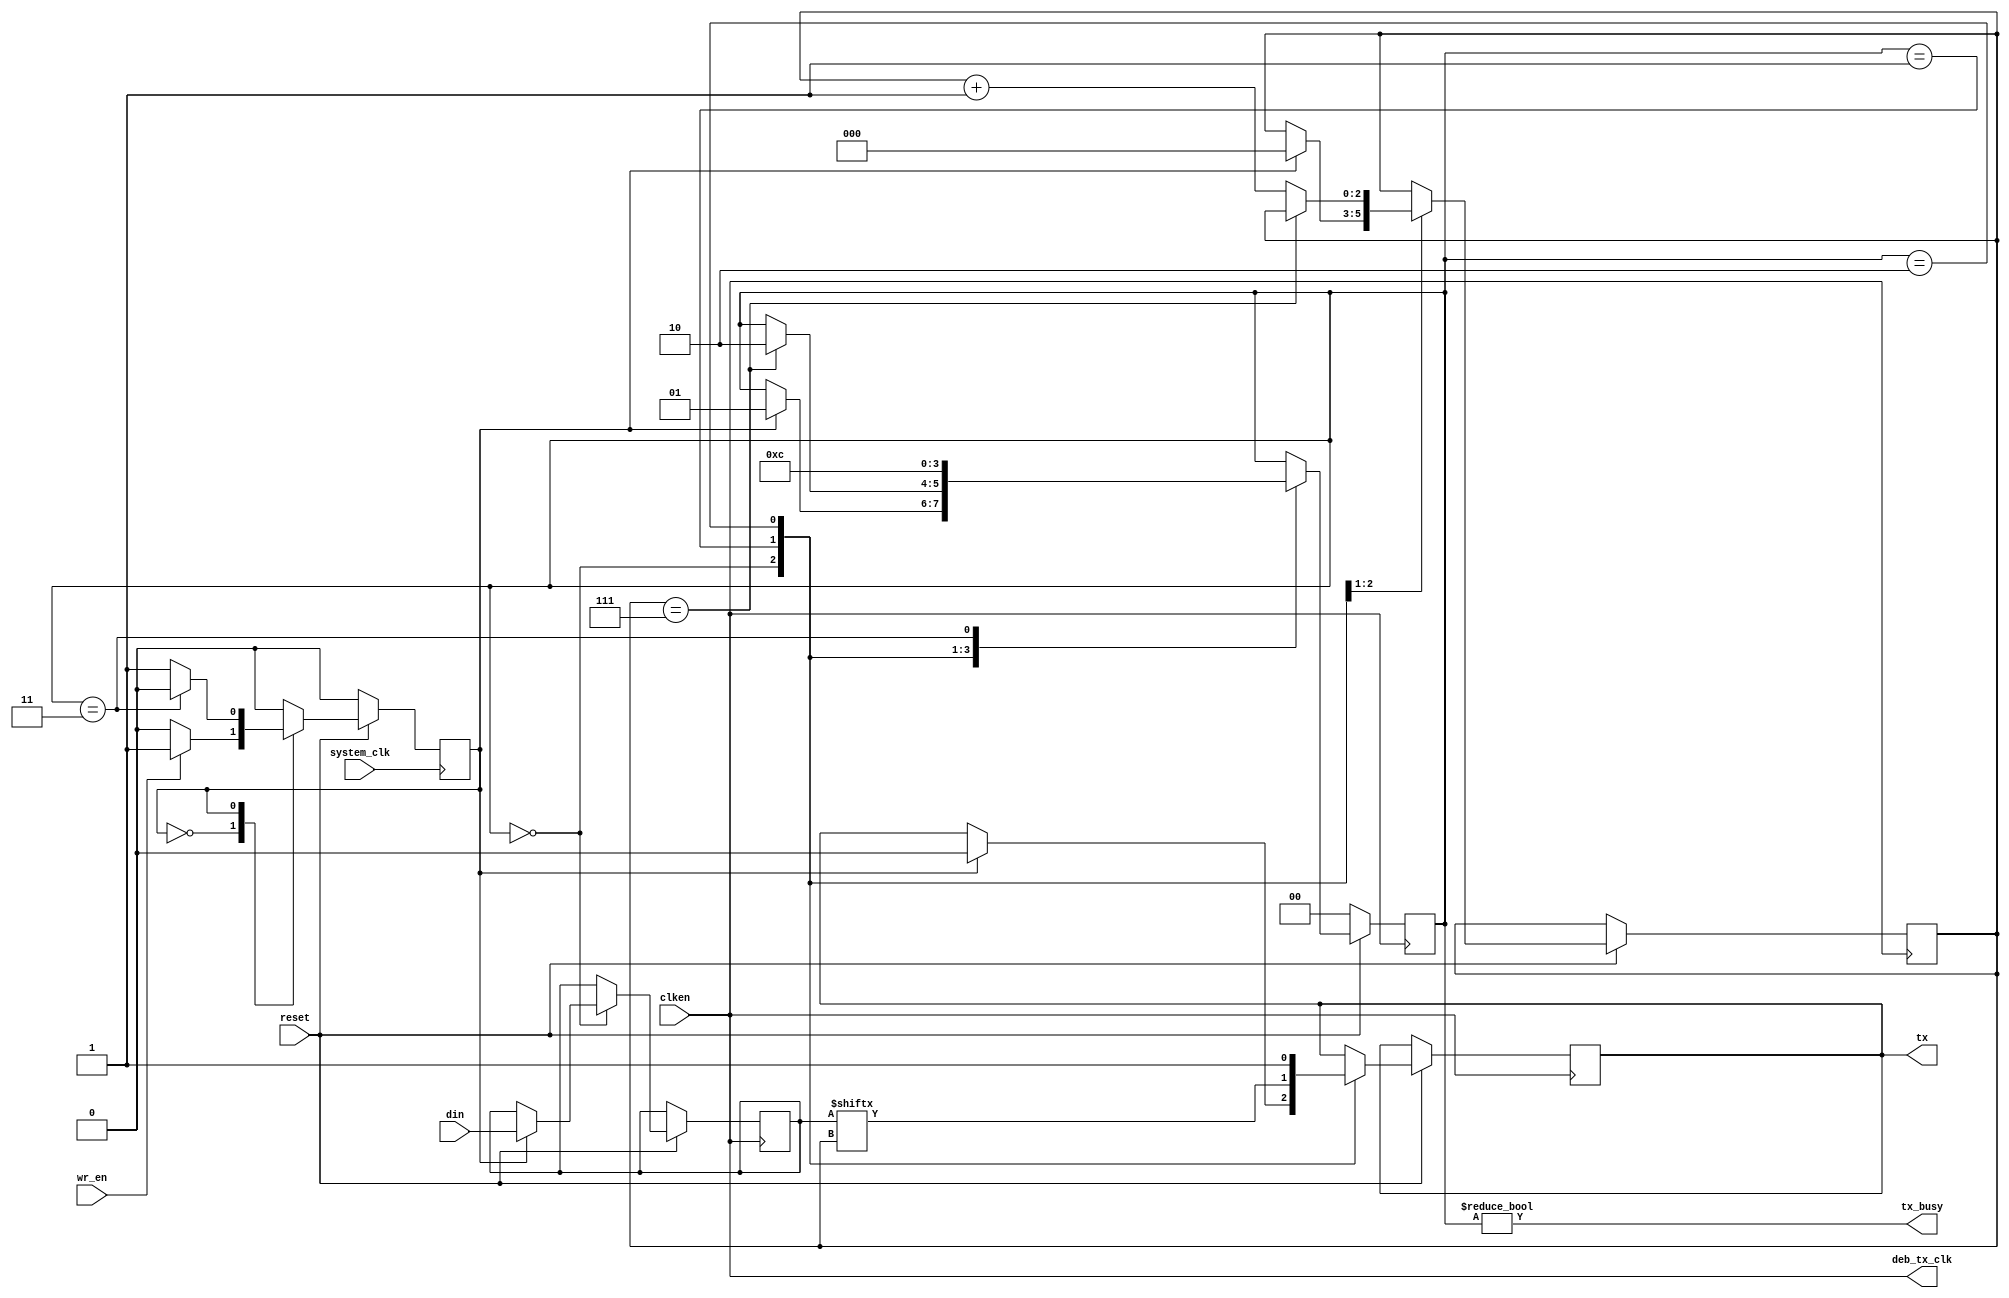
`timescale 1ns / 1ps
//////////////////////////////////////////////////////////////////////////////////
// Company: 
// Engineer: 
// 
// Design Name: 
// Module Name: transmitter
// Project Name: 
// Target Devices: 
// Tool Versions: 
// Description: 
// 
// Dependencies: 
// 
// Revision:
// Revision 0.01 - File Created
// Additional Comments:
// 
//////////////////////////////////////////////////////////////////////////////////

module UartTransmitter (
        input wire [7:0] din,
        input wire wr_en,
        input wire system_clk,
        input wire reset,
        input wire clken,
        output reg tx,
        output wire tx_busy,
        output wire deb_tx_clk
);

initial begin
	 tx = 1'b1;
end

localparam  TX_IDLE             = 1'h0,
            TX_START            = 1'h1;

localparam  STATE_IDLE          = 2'h0,
            STATE_SEND_DATA     = 2'h1,
            STATE_SEND_STOP_BIT = 2'h2,
            STATE_SEND_END      = 2'h3;
            

reg [7:0] data                  = 8'h00;
reg [2:0] bitpos                = 3'h0;
reg state                       = TX_IDLE;
reg [1:0] tx_state              = STATE_IDLE;

assign tx_busy      = (tx_state != STATE_IDLE);
assign deb_tx_clk       = clken;
always @(posedge system_clk) begin
    if(reset == 1'b0) begin
        state <= TX_IDLE;
    end else begin
        case (state)
            TX_IDLE: begin
                if (wr_en) begin
                    state <= TX_START;
                end 
            end
            
            TX_START: begin
                if(tx_state == STATE_SEND_END) begin
                    state <= TX_IDLE;
                end 
            end
        endcase
    end
end

always @(posedge clken) begin
    if(reset == 1'b0) begin
        tx_state <= STATE_IDLE;
    end else begin
        case (tx_state)
            STATE_IDLE: begin
                if (state == TX_START) begin
                    tx_state <= STATE_SEND_DATA;
                    data <= din;
                    tx <= 1'b0;
                    bitpos <= 3'h0;
                end 
            end
                
            STATE_SEND_DATA: begin
                tx <= data[bitpos];
                if (bitpos == 3'h7) begin
                    tx_state <= STATE_SEND_STOP_BIT;
                end else begin
                    bitpos <= bitpos + 3'h1;
                end                
            end
            
            STATE_SEND_STOP_BIT: begin
                tx <= 1'b1;
                tx_state <= STATE_SEND_END;
            end
            
            STATE_SEND_END: begin
                tx_state <= STATE_IDLE;
            end
            
            default: begin
                tx <= 1'b1;
                tx_state <= STATE_IDLE;
            end 
        endcase
    end
end

endmodule